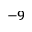
^ { - 9 }